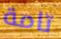
تامة